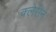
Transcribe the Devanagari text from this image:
क्लेसेन